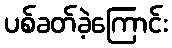
ပစ်ခတ်ခဲ့ကြောင်း